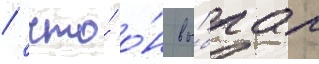
/ что́ о́н вы́брал